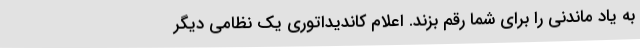
به یاد ماندنی را برای شما رقم بزند. اعلام کاندیداتوری یک نظامی دیگر